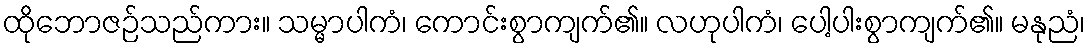
ထိုဘောဇဉ်သည်ကား။ သမ္မာပါကံ၊ ကောင်းစွာကျက်၏။ လဟုပါကံ၊ ပေါ့ပါးစွာကျက်၏။ မနုညံ၊